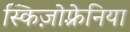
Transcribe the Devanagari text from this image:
स्किज़ोफ़्रेनिया